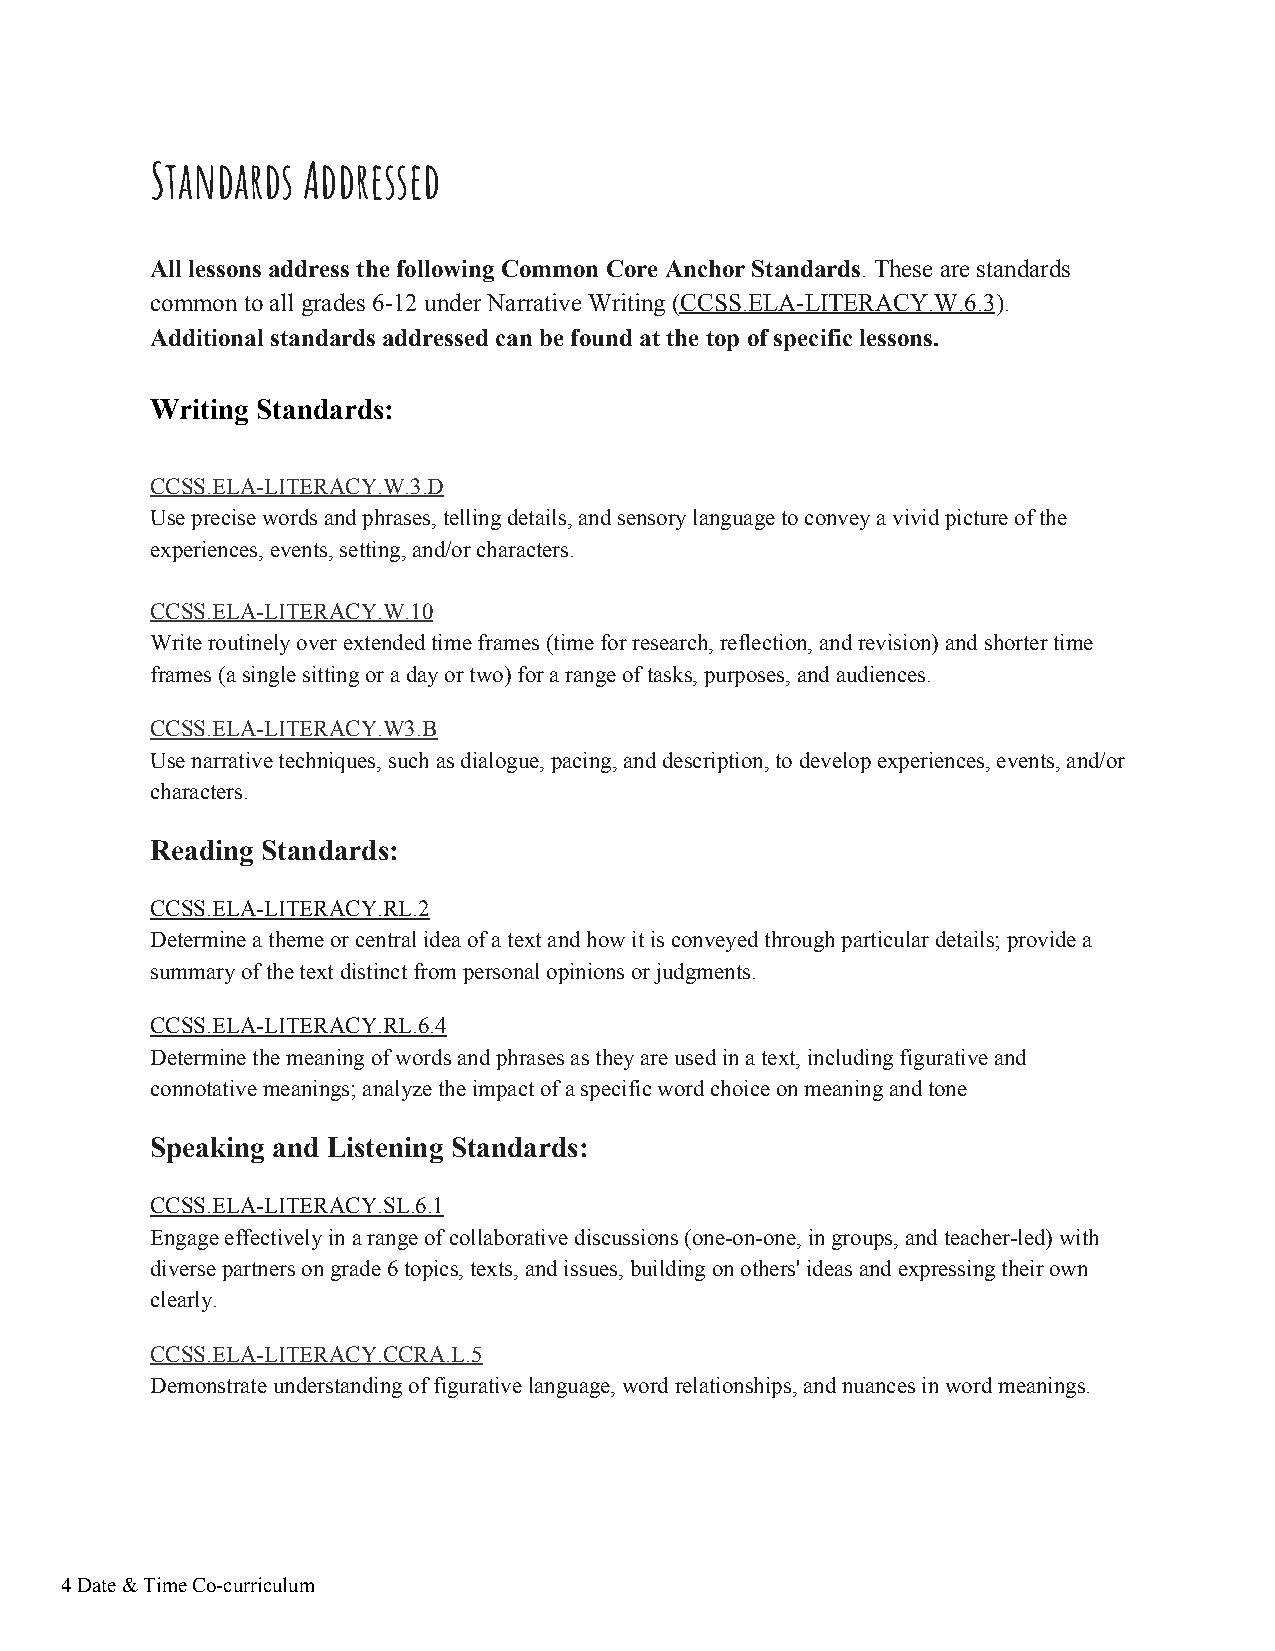
Standards Addressed
 All lessons address the following Common Core Anchor Standards. These are standards
 ​​
 common to all grades 6-12 under Narrative Writing (CCSS.ELA-LITERACY.W.6.3).
 ​                    ​
 Additional standards addressed can be found at the top of specific lessons.
 Writing Standards:
 CCSS.ELA-LITERACY.W.3.D
 Use precise words and phrases, telling details, and sensory language to convey a vivid picture of the
 experiences, events, setting, and/or characters.
 CCSS.ELA-LITERACY.W.10
 Write routinely over extended time frames (time for research, reflection, and revision) and shorter time
 frames (a single sitting or a day or two) for a range of tasks, purposes, and audiences.
 CCSS.ELA-LITERACY.W3.B
 Use narrative techniques, such as dialogue, pacing, and description, to develop experiences, events, and/or
 characters.
 Reading Standards:
 CCSS.ELA-LITERACY.RL.2
 Determine a theme or central idea of a text and how it is conveyed through particular details; provide a
 summary of the text distinct from personal opinions or judgments.
 CCSS.ELA-LITERACY.RL.6.4
 Determine the meaning of words and phrases as they are used in a text, including figurative and
 connotative meanings; analyze the impact of a specific word choice on meaning and tone
 Speaking and Listening Standards:
 CCSS.ELA-LITERACY.SL.6.1
 Engage effectively in a range of collaborative discussions (one-on-one, in groups, and teacher-led) with
 diverse partners on grade 6 topics, texts, and issues, building on others' ideas and expressing their own
 clearly.
 CCSS.ELA-LITERACY.CCRA.L.5
 Demonstrate understanding of figurative language, word relationships, and nuances in word meanings.
 4 Date & Time Co-curriculum
 ​​